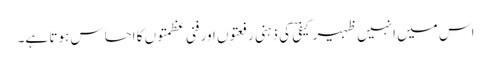
اس میں انہیں ظہیر کیفیؔ کی ذہنی رفعتوں اور فنی عظمتوں کا احساس ہوتا ہے۔